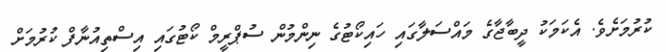
ކުރުމަށެވެ. އެކަމަކު ދީބާޖާގެ މައްސަލާގައި ހައިކޯޓުގެ ނިންމުން ސުޕްރީމް ކޯޓުގައި އިސްތިއުނާފް ކުރުމަށް